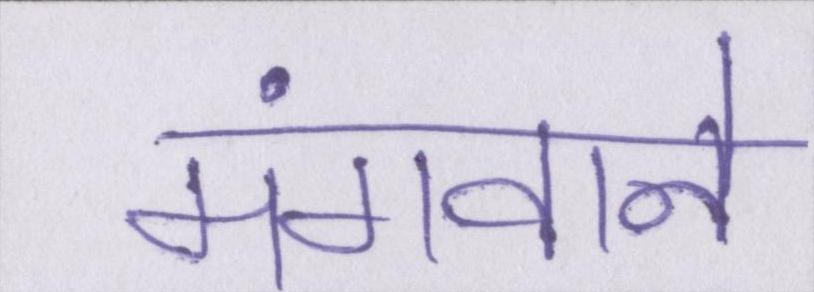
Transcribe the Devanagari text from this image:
मंगवाने